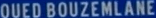
QUED BOUZEMLANE